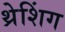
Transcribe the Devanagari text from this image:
थ्रेशिंग